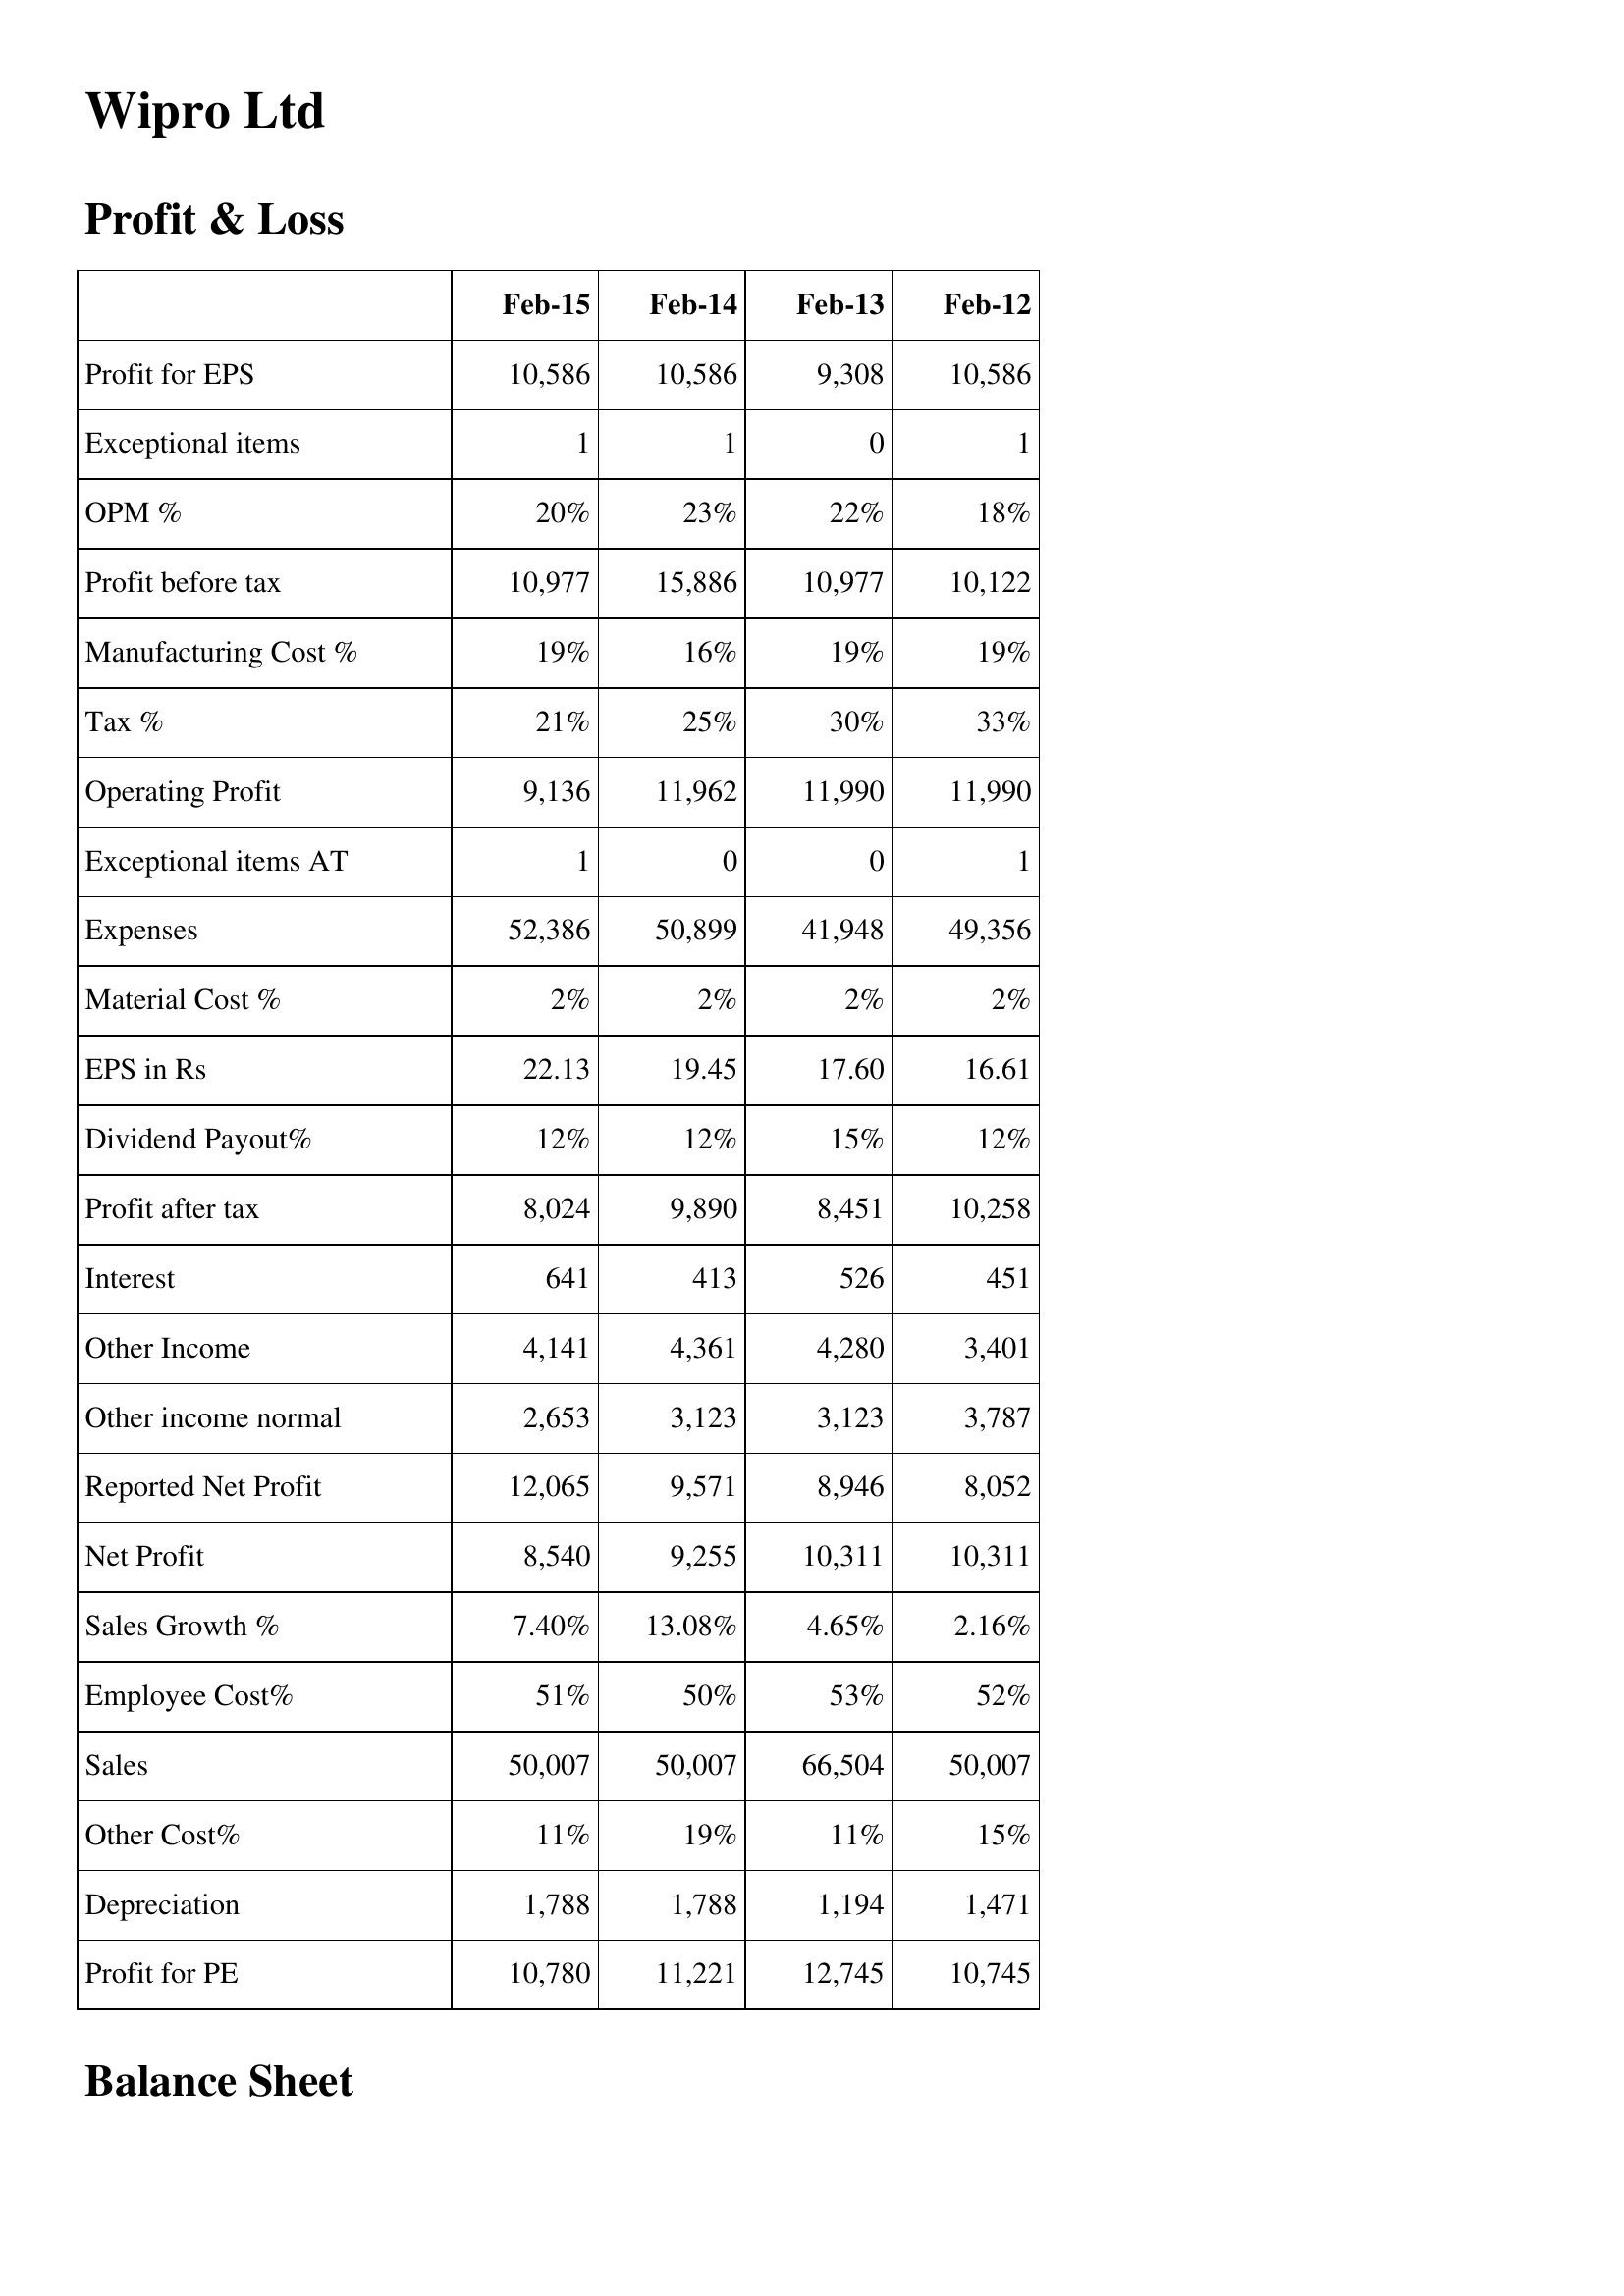
Feb-15: Profit & Loss: Profit for EPS: 10,586
Exceptional items: 1
OPM %: 20%
Profit before tax: 10,977
Manufacturing Cost %: 19%
Tax %: 21%
Operating Profit: 9,136
Exceptional items AT: 1
Expenses: 52,386
Material Cost %: 2%
EPS in Rs: 22.13
Dividend Payout%: 12%
Profit after tax: 8,024
Interest: 641
Other Income: 4,141
Other income normal: 2,653
Reported Net Profit: 12,065
Net Profit: 8,540
Sales Growth %: 7.40%
Employee Cost%: 51%
Sales: 50,007
Other Cost%: 11%
Depreciation: 1,788
Profit for PE: 10,780
Feb-14: Profit & Loss: Profit for EPS: 10,586
Exceptional items: 1
OPM %: 23%
Profit before tax: 15,886
Manufacturing Cost %: 16%
Tax %: 25%
Operating Profit: 11,962
Exceptional items AT: 0
Expenses: 50,899
Material Cost %: 2%
EPS in Rs: 19.45
Dividend Payout%: 12%
Profit after tax: 9,890
Interest: 413
Other Income: 4,361
Other income normal: 3,123
Reported Net Profit: 9,571
Net Profit: 9,255
Sales Growth %: 13.08%
Employee Cost%: 50%
Sales: 50,007
Other Cost%: 19%
Depreciation: 1,788
Profit for PE: 11,221
Feb-13: Profit & Loss: Profit for EPS: 9,308
Exceptional items: 0
OPM %: 22%
Profit before tax: 10,977
Manufacturing Cost %: 19%
Tax %: 30%
Operating Profit: 11,990
Exceptional items AT: 0
Expenses: 41,948
Material Cost %: 2%
EPS in Rs: 17.60
Dividend Payout%: 15%
Profit after tax: 8,451
Interest: 526
Other Income: 4,280
Other income normal: 3,123
Reported Net Profit: 8,946
Net Profit: 10,311
Sales Growth %: 4.65%
Employee Cost%: 53%
Sales: 66,504
Other Cost%: 11%
Depreciation: 1,194
Profit for PE: 12,745
Feb-12: Profit & Loss: Profit for EPS: 10,586
Exceptional items: 1
OPM %: 18%
Profit before tax: 10,122
Manufacturing Cost %: 19%
Tax %: 33%
Operating Profit: 11,990
Exceptional items AT: 1
Expenses: 49,356
Material Cost %: 2%
EPS in Rs: 16.61
Dividend Payout%: 12%
Profit after tax: 10,258
Interest: 451
Other Income: 3,401
Other income normal: 3,787
Reported Net Profit: 8,052
Net Profit: 10,311
Sales Growth %: 2.16%
Employee Cost%: 52%
Sales: 50,007
Other Cost%: 15%
Depreciation: 1,471
Profit for PE: 10,745